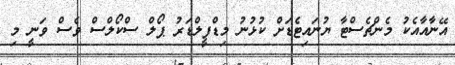
އޭނާއާއެކު މެންޗެސްޓާ ޔުނައިޓެޑަށް ކުޅުނު މިޑްފީލްޑަރު ޕޯލް ސްކޯލްސް ވެސް ވަނީ މި